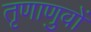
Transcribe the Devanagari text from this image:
तृणाणुवों